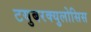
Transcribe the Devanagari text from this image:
टयुबरक्युलोसिस